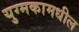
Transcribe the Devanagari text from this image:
युग्मकामधील